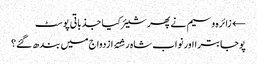
← زائرہ وسیم نے پھر شیئر کیا جذباتی پوسٹ
پوجا بترا اور نواب شاہ رشتۂ ازدواج میں بندھ گئے؟